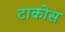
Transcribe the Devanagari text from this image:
टाकोस